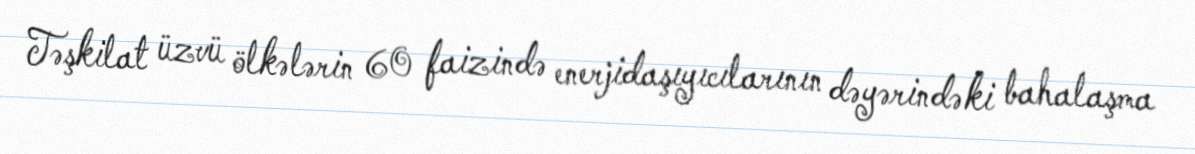
Təşkilat üzvü ölkələrin 60 faizində enerjidaşıyıcılarının dəyərindəki bahalaşma